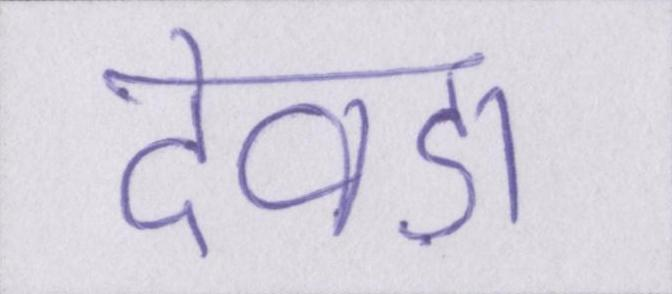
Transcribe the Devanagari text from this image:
देवड़ा